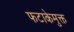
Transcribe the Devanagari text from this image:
फटाकेमुक्त